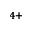
^ { 4 + }